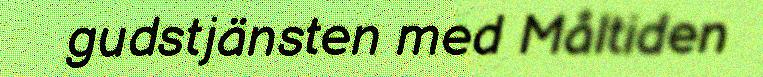
gudstjänsten med Måltiden